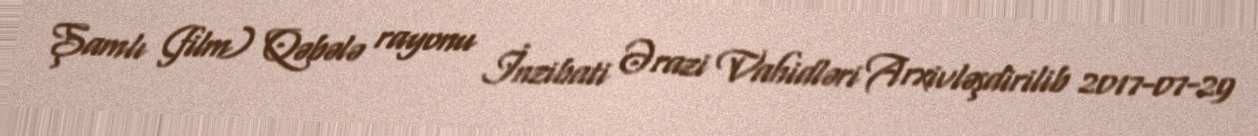
Şamlı (film) Qəbələ rayonu İnzibati Ərazi Vahidləri Arxivləşdirilib 2017-07-29